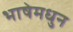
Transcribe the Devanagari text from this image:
भाषेमधुन